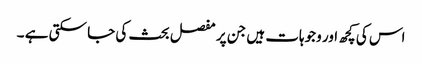
اس کی کچھ اور وجوہات ہیں جن پر مفصل بحث کی جا سکتی ہے ۔